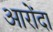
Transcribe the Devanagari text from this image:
आरोंदा